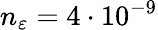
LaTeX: n_{\varepsilon}=4\cdot 10^{-9}